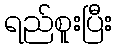
ရည်စူးပြီး